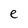
Character: e